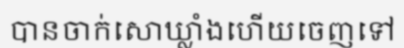
បានចាក់សោឃ្លាំងហើយចេញទៅ